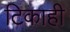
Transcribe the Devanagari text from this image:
टिकाही